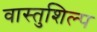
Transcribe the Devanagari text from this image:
वास्‍तुशिल्प